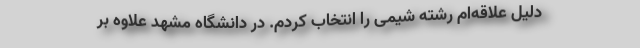
دلیل علاقه‌ام‌ رشته شیمی را انتخاب کردم. در دانشگاه مشهد علاوه بر